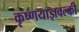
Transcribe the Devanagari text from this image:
कृष्णयाज्ञवल्की